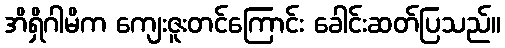
အိရှိဂါမိက ကျေးဇူးတင်ကြောင်း ခေါင်းဆတ်ပြသည်။